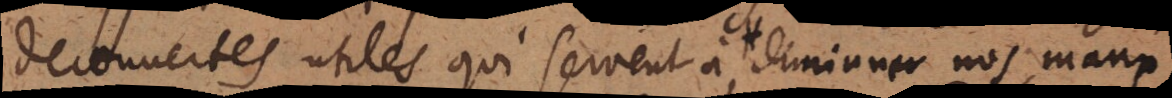
decouvertes utiles qui servent à diminuer nos maux